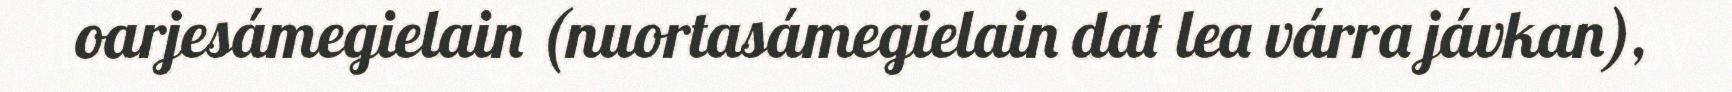
oarjesámegielain (nuortasámegielain dat lea várra jávkan),